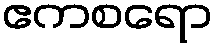
ဧကစရော